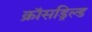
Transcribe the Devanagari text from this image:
क्रॉसड्रिल्ड